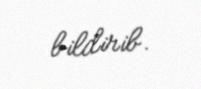
bildirib.